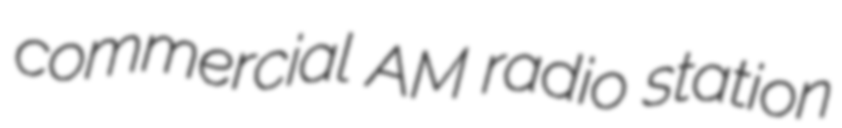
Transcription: commercial AM radio station